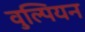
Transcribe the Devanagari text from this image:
वुल्पियन